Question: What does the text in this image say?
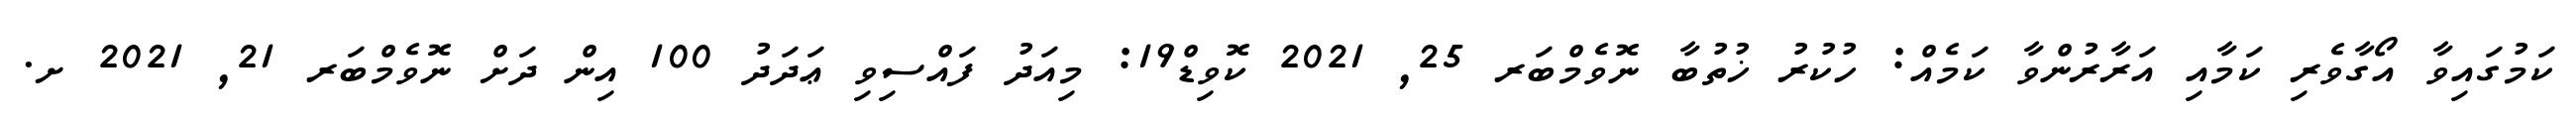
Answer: ކަމުގައިވާ އޯގާވެރި ކަމާއި އަރާރުންވާ ކަމެއް: ހުކުރު ޚުތުބާ ނޮވެމްބަރ 25, 2021 ކޮވިޑް19: މިއަދު ފައްސިވި ޢަދަދު 100 އިން ދަށް ނޮވެމްބަރ 21, 2021 ށ.